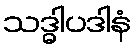
သဒ္ဓါပဒါနံ